system: You are a helpful assistant.
user:
Analyze the provided spectrum to determine if it is a **Carbon Star (C-type)**.

- **Key Visual Indicators of Carbon Star:**
    - **(Primary):** Strong molecular absorption from **C₂ (diatomic carbon) "Swan Bands."** This is the **defining feature** of a carbon star.
        - **(Key Bandheads):** Sharp absorption edges are visible at approximately $5635$ Å, $5165$ Å (the strongest band), and $4737$ Å.
        - **(Line Profile):** Creates a distinct **"saw-tooth"** pattern. The key morphology is a sharp, steep bandhead on the **red (long-wavelength) side**, which then gradually tapers off (i.e., flux recovers) towards the **blue (short-wavelength) side**. *(This is the direct opposite of the TiO bands seen in M-type stars)*.

    - **(Secondary):** Intense **CN (cyanogen)** molecular absorption bands.
        - **(Key Bandheads):** Located in the blue and violet regions of the spectrum (e.g., near $4215$ Å and $3883$ Å).
        - **(Morphology):** These bands are extremely broad and act as a "blanket," absorbing the vast majority of blue and violet light. This creates a characteristic **"cliff"** or **"steep drop-off"** in the spectrum's flux at short wavelengths.

    - **(Key Confirmation):** Strong **CH absorption band (G-band)**.
        - **(Key Bandhead):** Located around $4300$ Å. The contribution from CH molecules to this band is exceptionally strong.

    - **(Overall Spectrum):**
        - The continuum is severely "chopped up" by these deep molecular bands, especially C₂, rather than appearing as a smooth curve.
        - Due to the heavy CN and C₂ absorption in the blue-green, the vast majority of the star's flux is concentrated in the red part of the spectrum, giving the star its characteristic deep red color.

Think first, call **spectral_visualization_tool** if needed to examine features in detail, then provide your final answer. Your response must adhere to the following strict rules:
1.  **Overall Structure:** Your response must follow the format `<think>...</think> <tool_call>...</tool_call> (if a tool is used) <answer>...</answer>`.
2.  **Tool Usage Constraint:** You may only make **one** tool call per turn.
3.  **Final Answer Format:** In the `<answer>` tag, your conclusion must be inside a `\boxed{}` command (e.g., `\boxed{YES}`), followed by your justification.

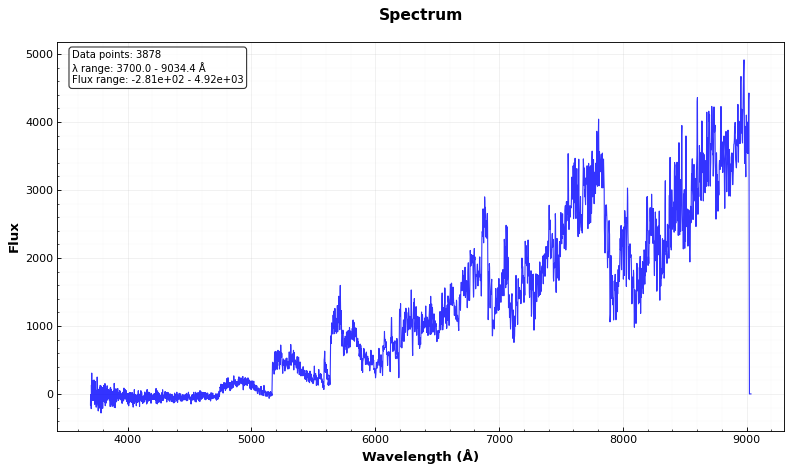
Answer: YES